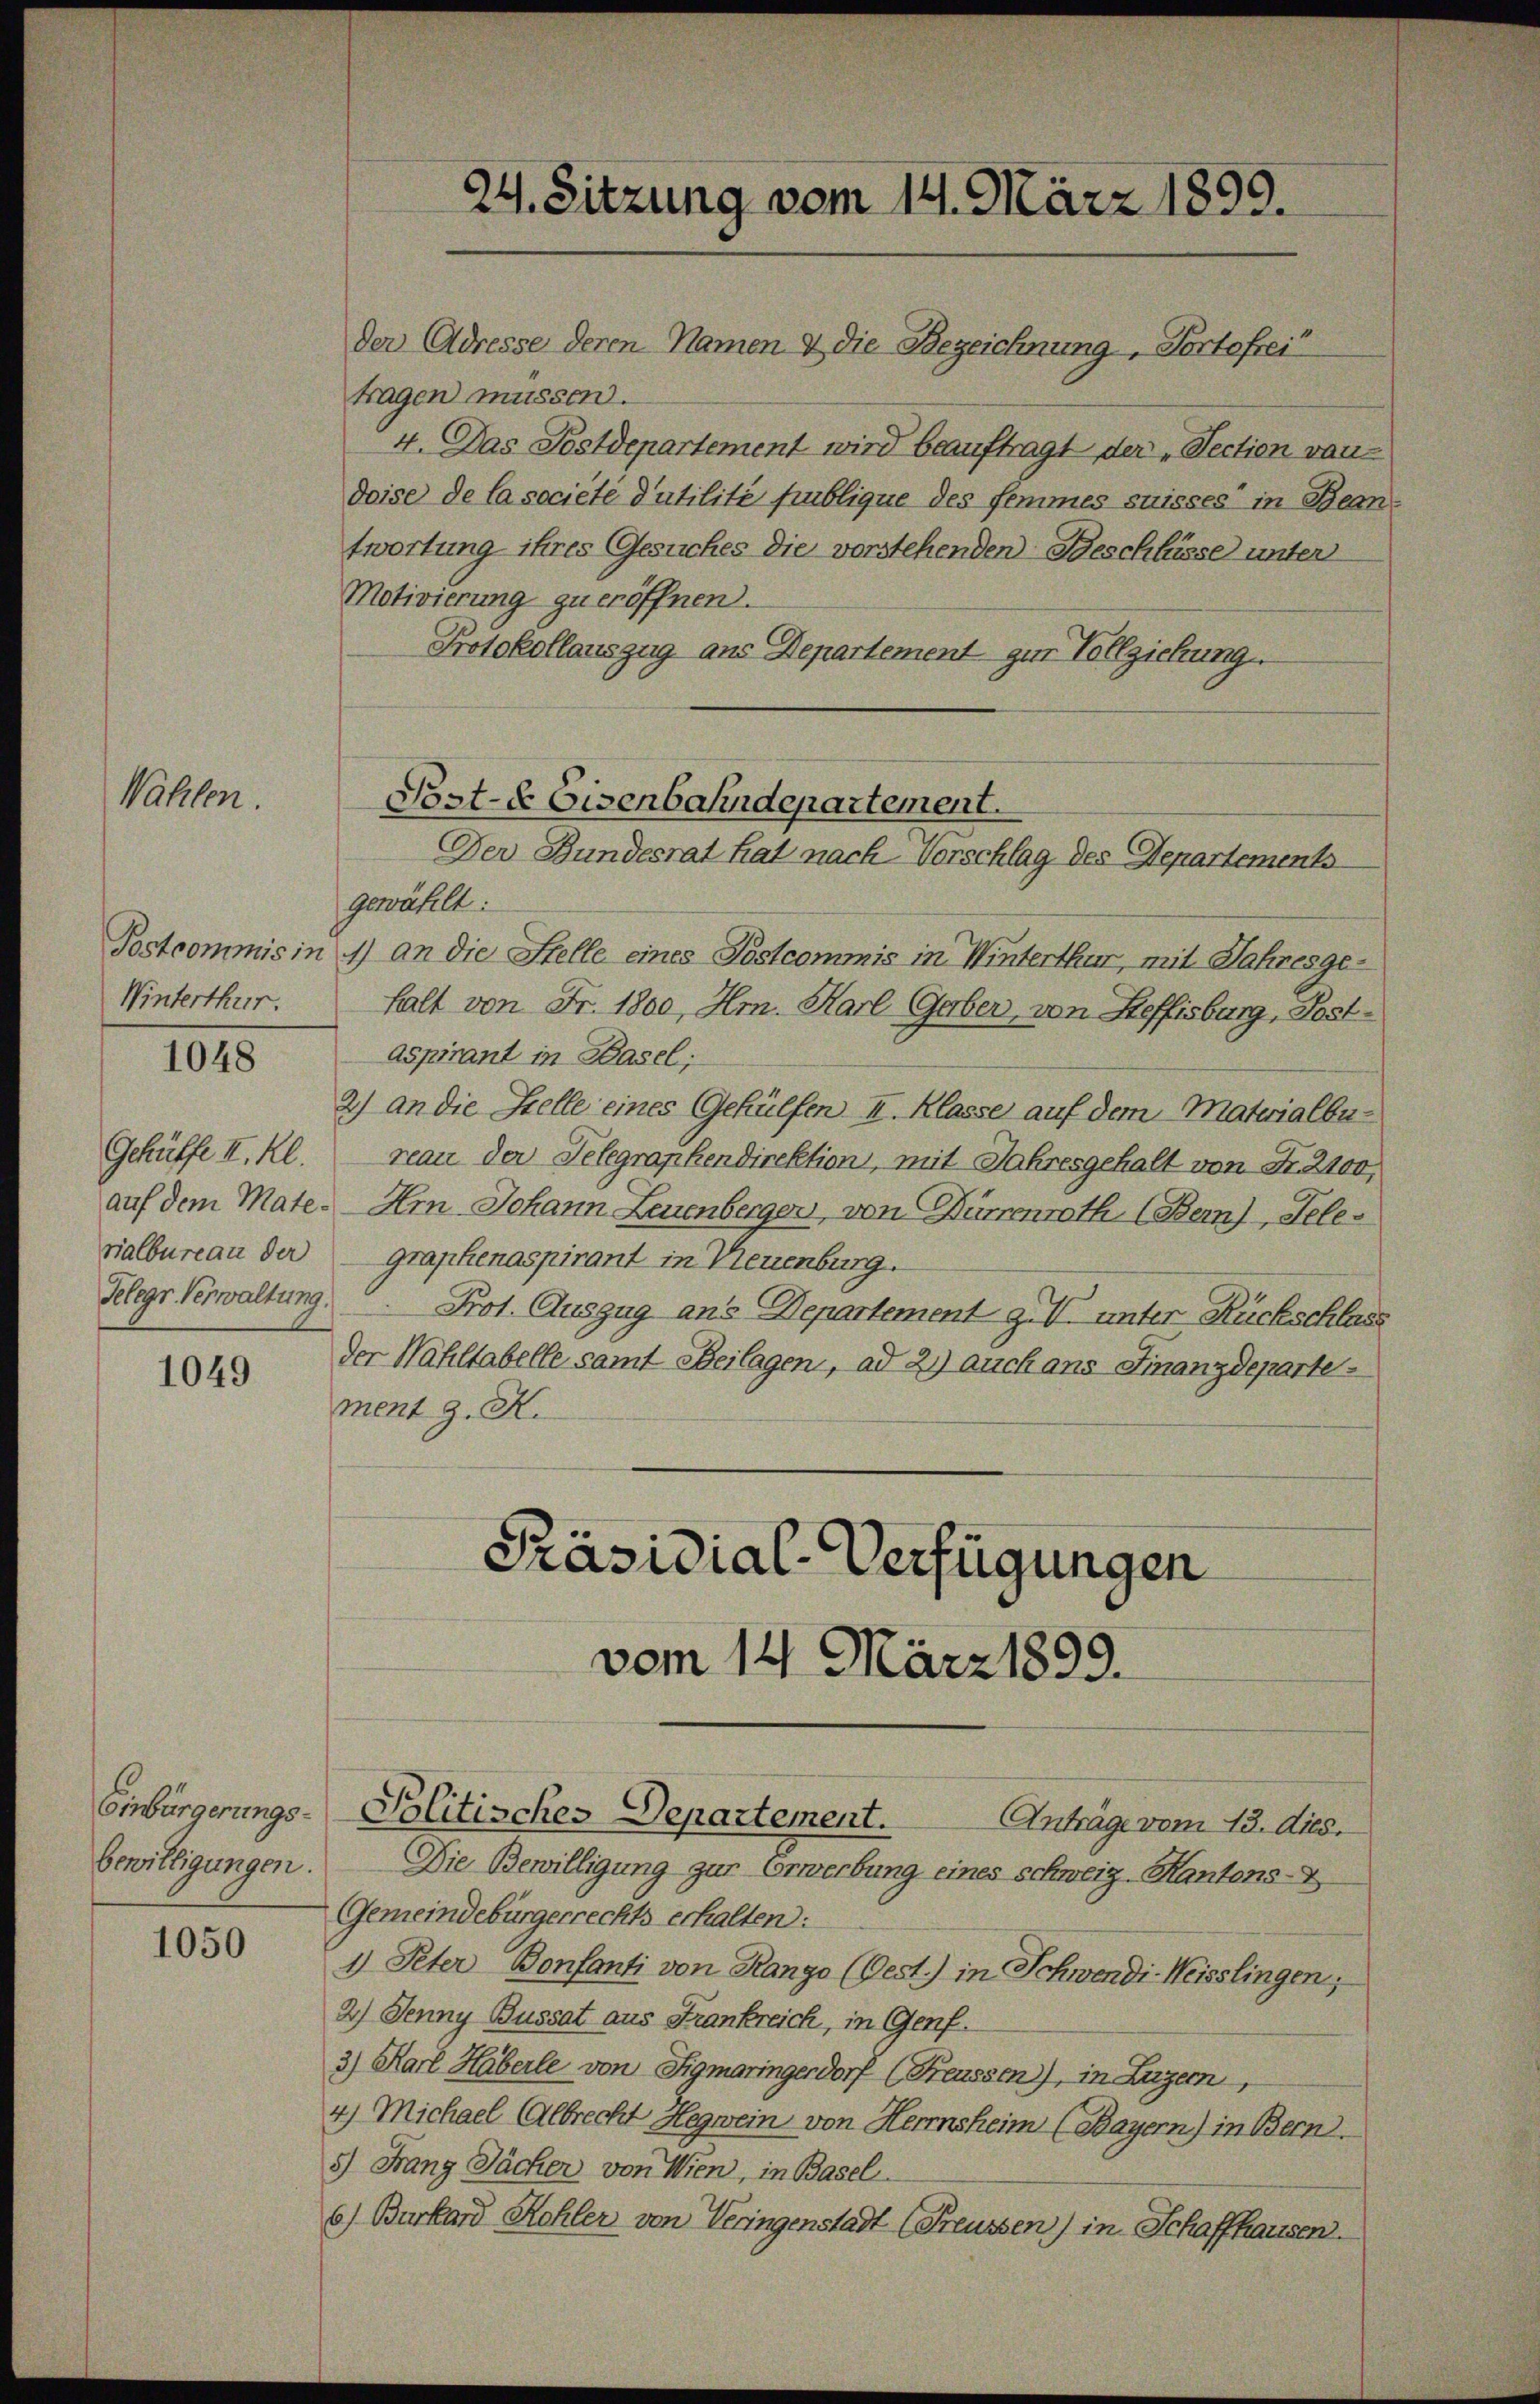
Nählen.

Winterthur.

1048

Gchüffe II. Kl
vialbureau der
Telegr Verwaltung.

1049

bewilligungen.

1050

gewählt:
Postcommis in 1) an die Stelle eines Postcommis in Winterthur, mit Jahresgehalt von Fr. 1800, Hr. Karl Geber, von Steffisburg, Post¬
Aspirant in Basel;
2) an die Stelle eines Gehülfen II. Klasse auf dem Materialbureau der Telegraphendirektion, mit Jahresgehalt von Fr. 2100,
auf dem Mate. Im Johann Leuenbergen, von Dürrenrath (Bern) Telegraphenaspirant in Neuenburg.
Prot. Auszug ans Departement z. V. unter Rückschlass
der Wahltabelle samt Beilagen, ad 2.) auch ans Finanzdepartement z. K.

24. Sitzung vom 14. März 1899.

der Adresse deren Namen & die Bezeichnung, Portofrei
tragen müssen.
4. Das Postdepartement wird beauftragt der „Section vaudoise de la société d’utilité publique des femmes suisses in Bean
twortung ihres Gesuches die vorstehenden Beschlüsse unter
Motivierung zu eröffnen.
Protokollauszug aus Departement zur Vollziehung.

Post- & Eisenbahndepartement.
Der Bundesrat hat nach Vorschlag des Departements

Präsidial-Verfügungen

vom 14. März 1899.

Einbürgerungs-Politisches Departement.

Anträge vom 13. dies.
Die Bewilligung zur Erwerbung eines schweiz. Kantons-V
Gemeindebürgerrechts erhalten:
1) Peter Bonfanti von Rango (Oest.) in Schwendi- Weisslingen;
2) Jenny Bussat aus Frankreich, in Genf.
3) Karl Häberle von Sigmaringerdorf (Feussen), in Luzern,
4) Michael Albrecht Hegwein von Herrnsheim (Bayern) in Bern.
5) Franz Säcker von Wien, in Basel
6) Burkard Kohler von Veringenstadt (Freussen) in Schaffhausen.